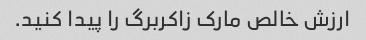
ارزش خالص مارک زاکربرگ را پیدا کنید.